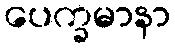
ပေက္ခမာနာ